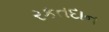
રકતદાન